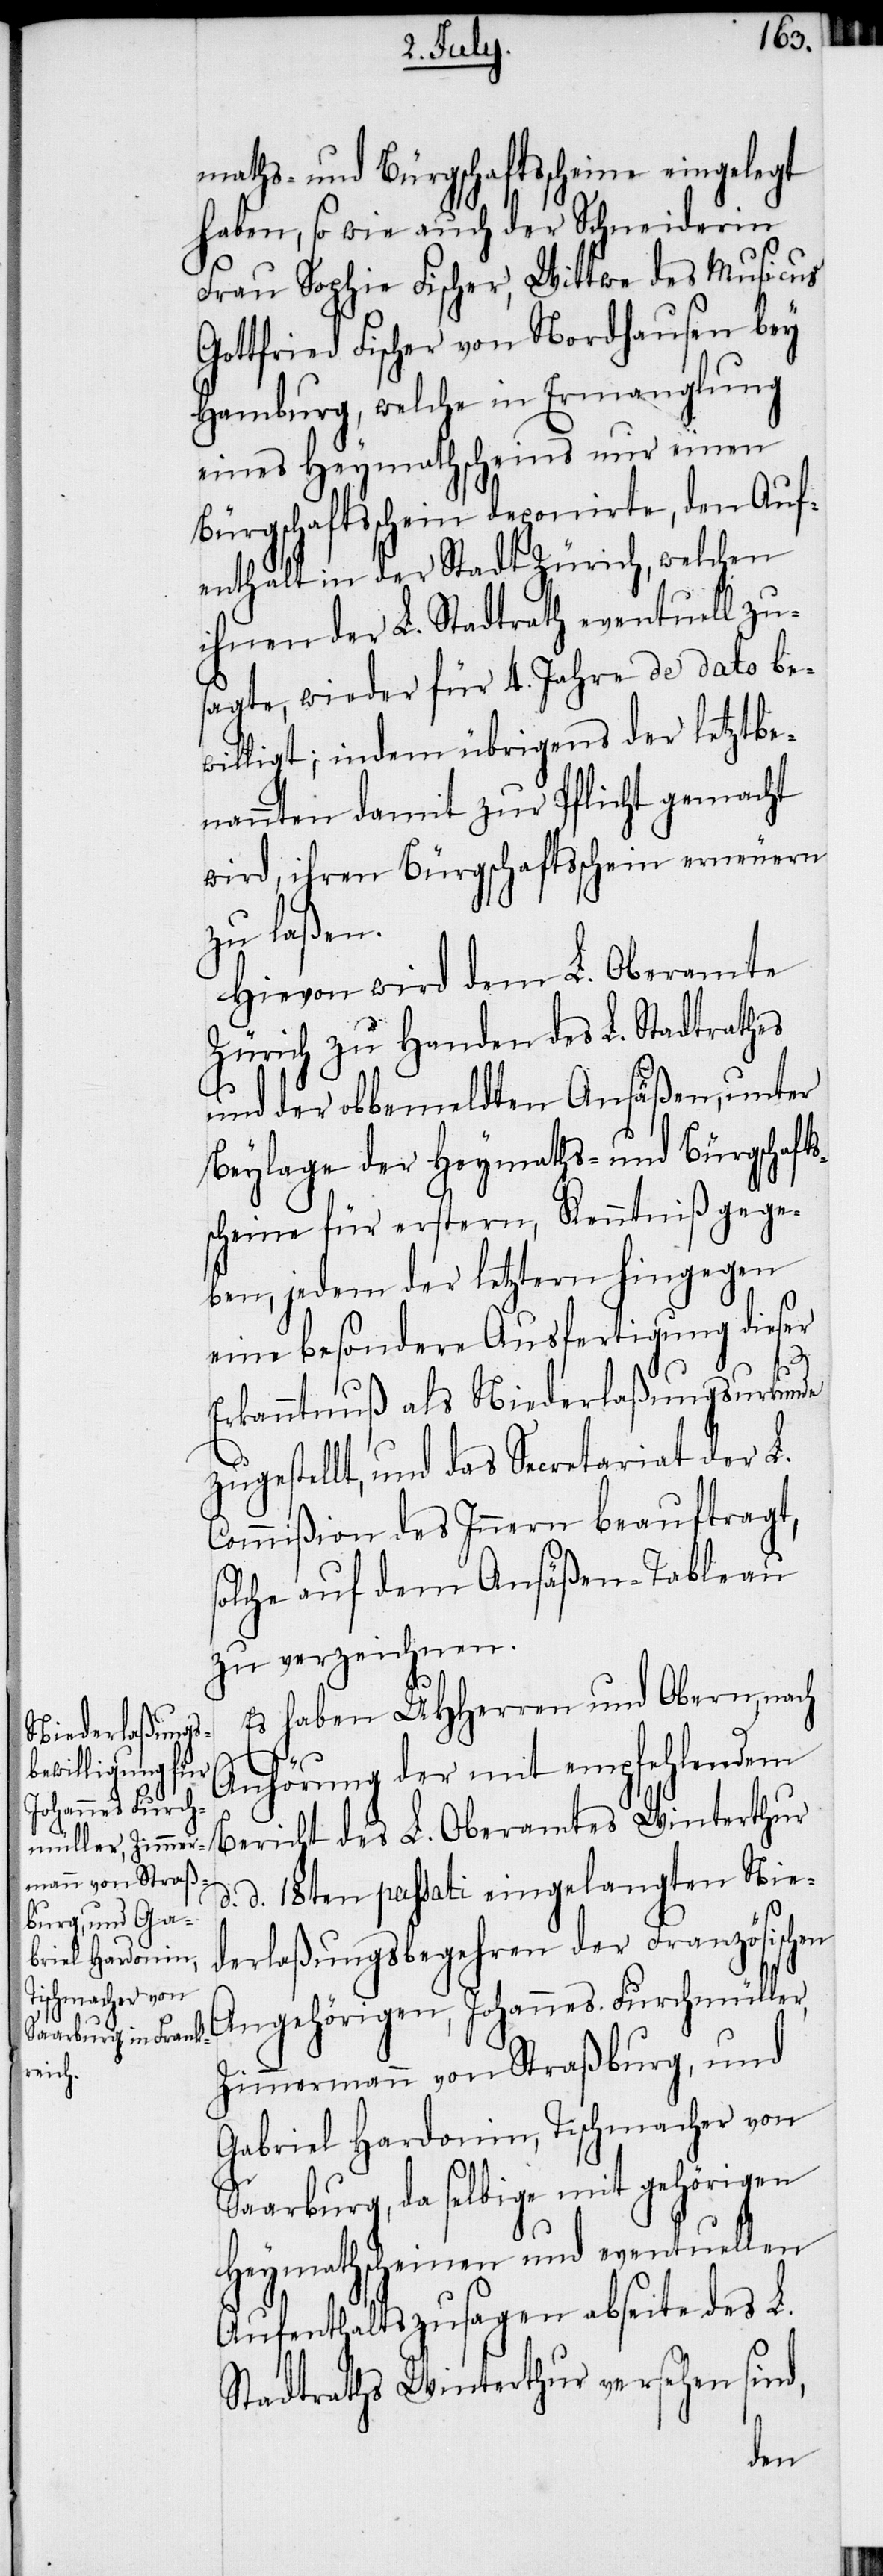
maths- und Bürgschaftsscheine eingelegt
haben, so wie auch der Schneiderin
Frau Sophie Fischer, Wittwe des Musicus
Gottfried Fischer von Nordhausen bey
Hamburg, welche in Ermanglung
eines Heymathscheins nur einen
Bürgschaftsschein deponirte, den Auf¬
enthalt in der Stadt Zürich, welchen
ihnen der L. Stadtrath eventuell zus¬
agte, wieder für 4. Jahre de dato be¬
willigt; indem übrigens der letztbe¬
nannten damit zur Pflicht gemacht
wird, ihren Bürgschaftsschein erneuern
zu laßen.
Hievon wird dem L. Oberamte
Zürich zu Handen des L. Stadtrathes
und der obbemeldten Ansäßen, unter
Beylage der Heymaths- und Bürgschafts¬
scheine für erstern, Kenntniß gege¬
ben, jedem der letztern hingegen
eine besondere Ausfertigung dieser
Erkanntnuß als Niederlaßungsurkunde
zugestellt, und das Secretariat der L.
Commißion des Innern beauftragt,
solche auf dem Ansäßen-Tableau
zu verzeichnen.
Es haben UHHerren und Obern, nach
Anhörung der mit empfehlendem
Bericht des L. Oberamtes Winterthur
d. d. 18ten passati eingelangten Nie¬
derlaßungsbegehren der Französischen
Angehörigen, Johannes Furchmüller,
Zimmermann von Straßburg, und
Gabriel Hardonin, Tischmacher von
Saarburg, da selbige mit gehörigen
Heymathscheinen und eventuellen
Aufenthaltszusagen abseite des L.
Stadtrathes Winterthur versehen sind,